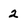
Character: 2